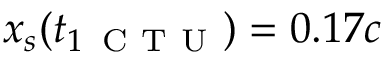
x _ { s } ( t _ { 1 \, \mathrm { ~ C ~ T ~ U ~ } } ) = 0 . 1 7 c